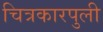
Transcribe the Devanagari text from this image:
चित्रकारपुली